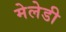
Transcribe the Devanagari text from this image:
मेलेडी